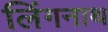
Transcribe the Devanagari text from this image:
लिंगनाथ